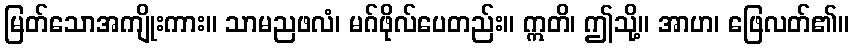
မြတ်သောအကျိုးကား။ သာမညဖလံ၊ မဂ်ဖိုလ်ပေတည်း။ ဣတိ၊ ဤသို့။ အာဟ၊ ဖြေလတ်၏။